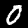
Label: 0